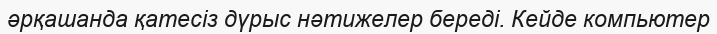
әрқашанда қатесіз дүрыс нәтижелер береді. Кейде компьютер